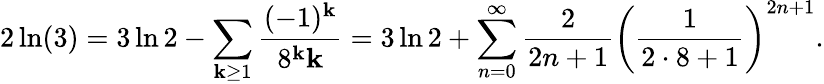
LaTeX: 2\ln(3)=3\ln2-\sum_{\mathbf{k}\geq1}{\frac{{(-1)^{\mathbf{k}}}}{{8^{\mathbf{k}}\mathbf{k}}}}=3\ln2+\sum_{n=0}^{\infty}{\frac{{2}}{{2n+1}}}{\left({\frac{{1}}{{2\cdot8+1}}}\right)}^{2n+1}.